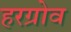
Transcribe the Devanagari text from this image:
हरग्रोव